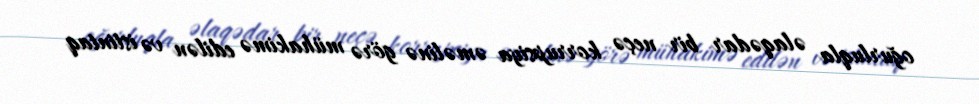
oğurluqla əlaqədar bir neçə korrupsiya əməlinə görə mühakimə edilən və istintaq